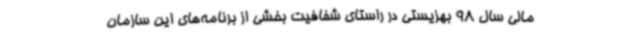
مالی سال 98 بهزیستی در راستای شفافیت بخشی از برنامه‌های این سازمان